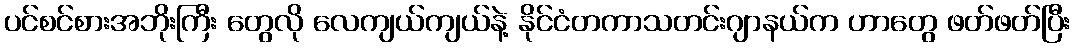
ပင်စင်စားအဘိုးကြီး တွေလို လေကျယ်ကျယ်နဲ့ နိုင်ငံတကာသတင်းဂျာနယ်က ဟာတွေ ဖတ်ဖတ်ပြီး